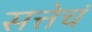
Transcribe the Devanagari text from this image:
सत्तेचं